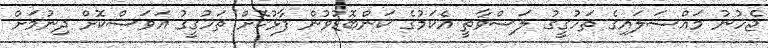
ޖެހުނު މައްސަލައިގެ ތަހުގީގު ލަސްވާތީ އެކަމުގެ ކަންބޮޑުވުން ފާޅުކޮށް ތަހުގީގު އަވަސްކޮށް ދިނުމަށް